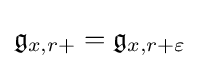
{\mathfrak {g}}_{x,r+}={\mathfrak {g}}_{x,r+\varepsilon }